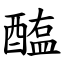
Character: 醢